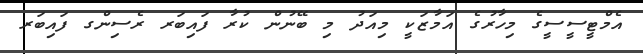
އެމްޓީސީސީގެ މިހާރުގެ އަމާޒަކީ މިއަދު މި ބޭނުން ކުރާ ފައިބަރ ރެސިންގ ފައިބަރ